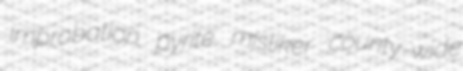
improbation pyrite misliker county-wide